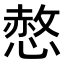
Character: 𢟻